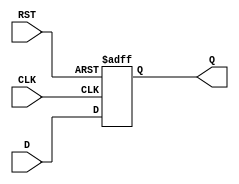
module d_flip_flop (
  input D,
  input CLK,
  input RST,
  output reg Q
);

always @(posedge CLK or negedge RST) begin
  if (!RST) begin
    Q <= 0;
  end else begin
    Q <= D;
  end
end

endmodule